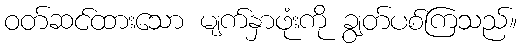
ဝတ်ဆင်ထားသော မျက်နှာဖုံးကို ချွတ်ပစ်ကြသည်။